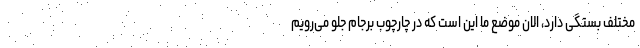
مختلف بستگی دارد، الان موضع ما این است که در چارچوب برجام جلو می‌رویم